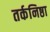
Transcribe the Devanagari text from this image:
तर्कनिष्ठा